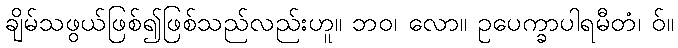
ချိမ်သဖွယ်ဖြစ်၍ဖြစ်သည်လည်းဟူ။ ဘဝ၊ လော။ ဥပေက္ခာပါရမီတံ၊ ဝ်။